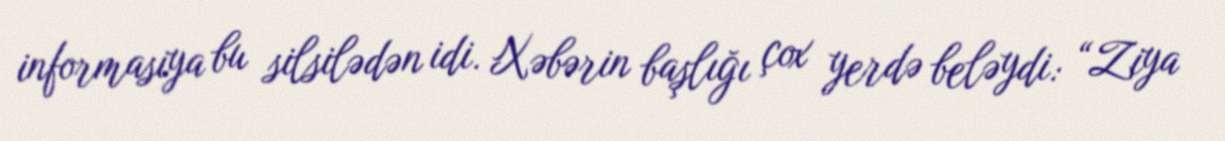
informasiya bu silsilədən idi. Xəbərin başlığı çox yerdə beləydi: “Ziya